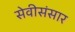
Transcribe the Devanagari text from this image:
सेवीसंसार